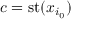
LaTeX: c = \mathrm { { s t } } ( x _ { i _ { 0 } } )